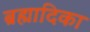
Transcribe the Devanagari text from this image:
ब्रह्मादिका